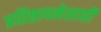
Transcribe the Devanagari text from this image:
प्रतिष्ठापनेसाठी